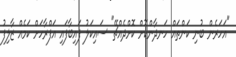
"އަހަރެން ބުނި ކަންތައް ހަނދާންކޮށް ކޮށްދެއްޗޭ" ސައިކަލު ފައިބާފައި އަފްރާހަށް ކަމެއް ޒާލިފު